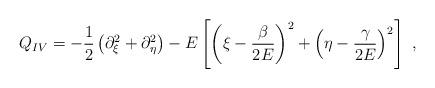
LaTeX: \begin{align*}Q_{IV}=-\frac{1}{2}\left( \partial _{\xi }^{2}+\partial _{\eta }^{2}\right)-E\left[ \left( \xi -\frac{\beta }{2E}\right) ^{2}+\left( \eta -\frac{\gamma}{2E}\right) ^{2}\right] \ , \end{align*}